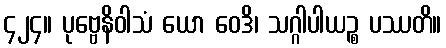
၄၂၄။ ပုဗ္ဗေနိဝါသံ ယော ဝေဒိ၊ သဂ္ဂါပါယဉ္စ ပဿတိ။